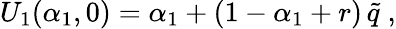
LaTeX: U_{1}(\alpha_{1},0)=\alpha_{1}+(1-\alpha_{1}+r)\, \tilde{q}\; ,